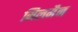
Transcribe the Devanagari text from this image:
मिलमैन